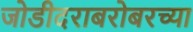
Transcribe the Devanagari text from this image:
जोडीदराबरोबरच्या